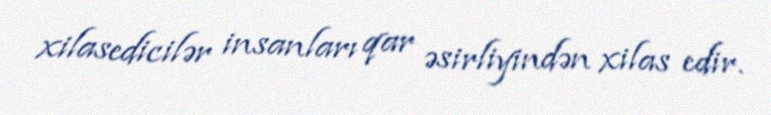
xilasedicilər insanları qar əsirliyindən xilas edir.